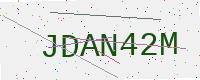
Text: JDAN42M